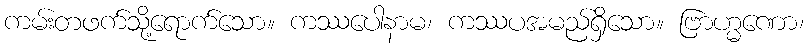
ကမ်းတဖက်သို့ရောက်သော။ ကဿပေါနာမ၊ ကဿပအမည်ရှိသော။ ဗြာဟ္မဏော၊